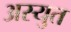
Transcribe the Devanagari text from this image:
अस्युत